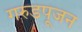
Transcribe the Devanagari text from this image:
गरुडपूजन